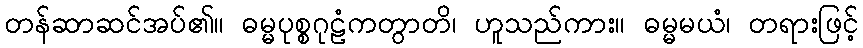
တန်ဆာဆင်အပ်၏။ ဓမ္မပုစ္စဂုဠံကတွာတိ၊ ဟူသည်ကား။ ဓမ္မမယံ၊ တရားဖြင့်